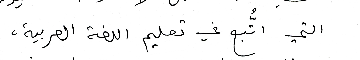
التي اتَُبع في تعليم اللغة العربية،